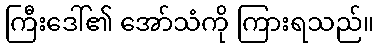
ကြီးဒေါ်၏ အော်သံကို ကြားရသည်။